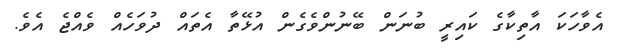
އެވާހަކަ އާތިކާގެ ކައިރީ ބުނަން ބޭނުންވެގެން އުޅޭތާ އެތައް ދުވަހެއް ވެއްޖެ އެވެ.